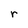
Character: r